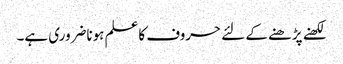
لکھنے پڑھنے کے لئے حروف کاعلم ہوناضروری ہے۔